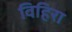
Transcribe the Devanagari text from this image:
विहिरा